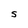
Character: S